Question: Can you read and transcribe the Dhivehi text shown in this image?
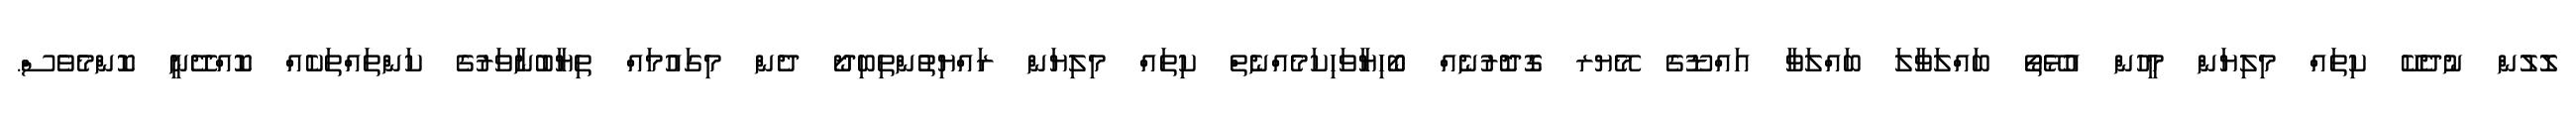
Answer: ލޮލުން ނުދެކޭ ކިތައް މިލިޔަން މީހުން އުޅޭތޯ ބައްލަވާލަ ބައްލަވާ އައްޑޫގެ މޭޔރ ގޮދޮރުނެއް ބޯހިޔާވަހިކަމެއްނެތް ކިތައް މިލިޔަން ރައްޔިތުންތިބިދޯ ދެން މިގައުމައް ތިޔާބުނާވަރުގެ ކަންތައްތަކެއް ކޮއްދޭނީ ކޮންމެވެސް.